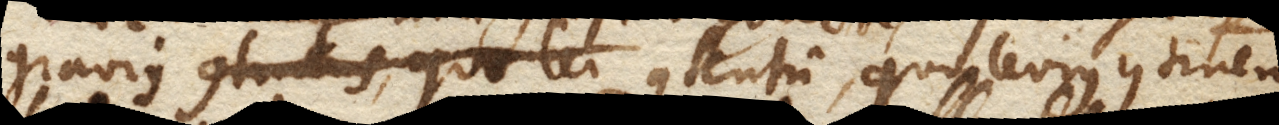
gravius contentum, quo levius continens.